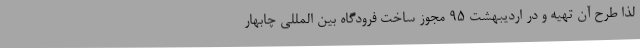
لذا طرح آن تهیه و در اردیبهشت 95 مجوز ساخت فرودگاه بین المللی چابهار